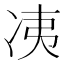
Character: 𰃼